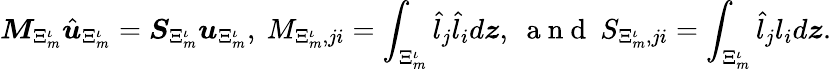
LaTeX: \boldsymbol{M}_{\Xi_{m}^{\iota}}\hat{\boldsymbol{u}}_{\Xi_{m}^{\iota}}=\boldsymbol{S}_{\Xi_{m}^{\iota}}\boldsymbol{u}_{\Xi_{m}^{\iota}},\ M_{\Xi_{m}^{\iota},ji}=\int_{\Xi_{m}^{\iota}}\hat{l}_{j}\hat{l}_{i}d\boldsymbol{z},\ \mathrm{~a~n~d~}\ S_{\Xi_{m}^{\iota},ji}=\int_{\Xi_{m}^{\iota}}\hat{l}_{j}l_{i}d\boldsymbol{z}.